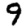
Digit: 9